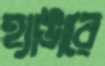
হ্যাঙারে